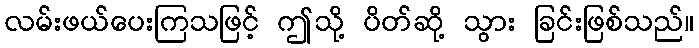
လမ်းဖယ်ပေးကြသဖြင့် ဤသို့ ပိတ်ဆို့ သွား ခြင်းဖြစ်သည်။